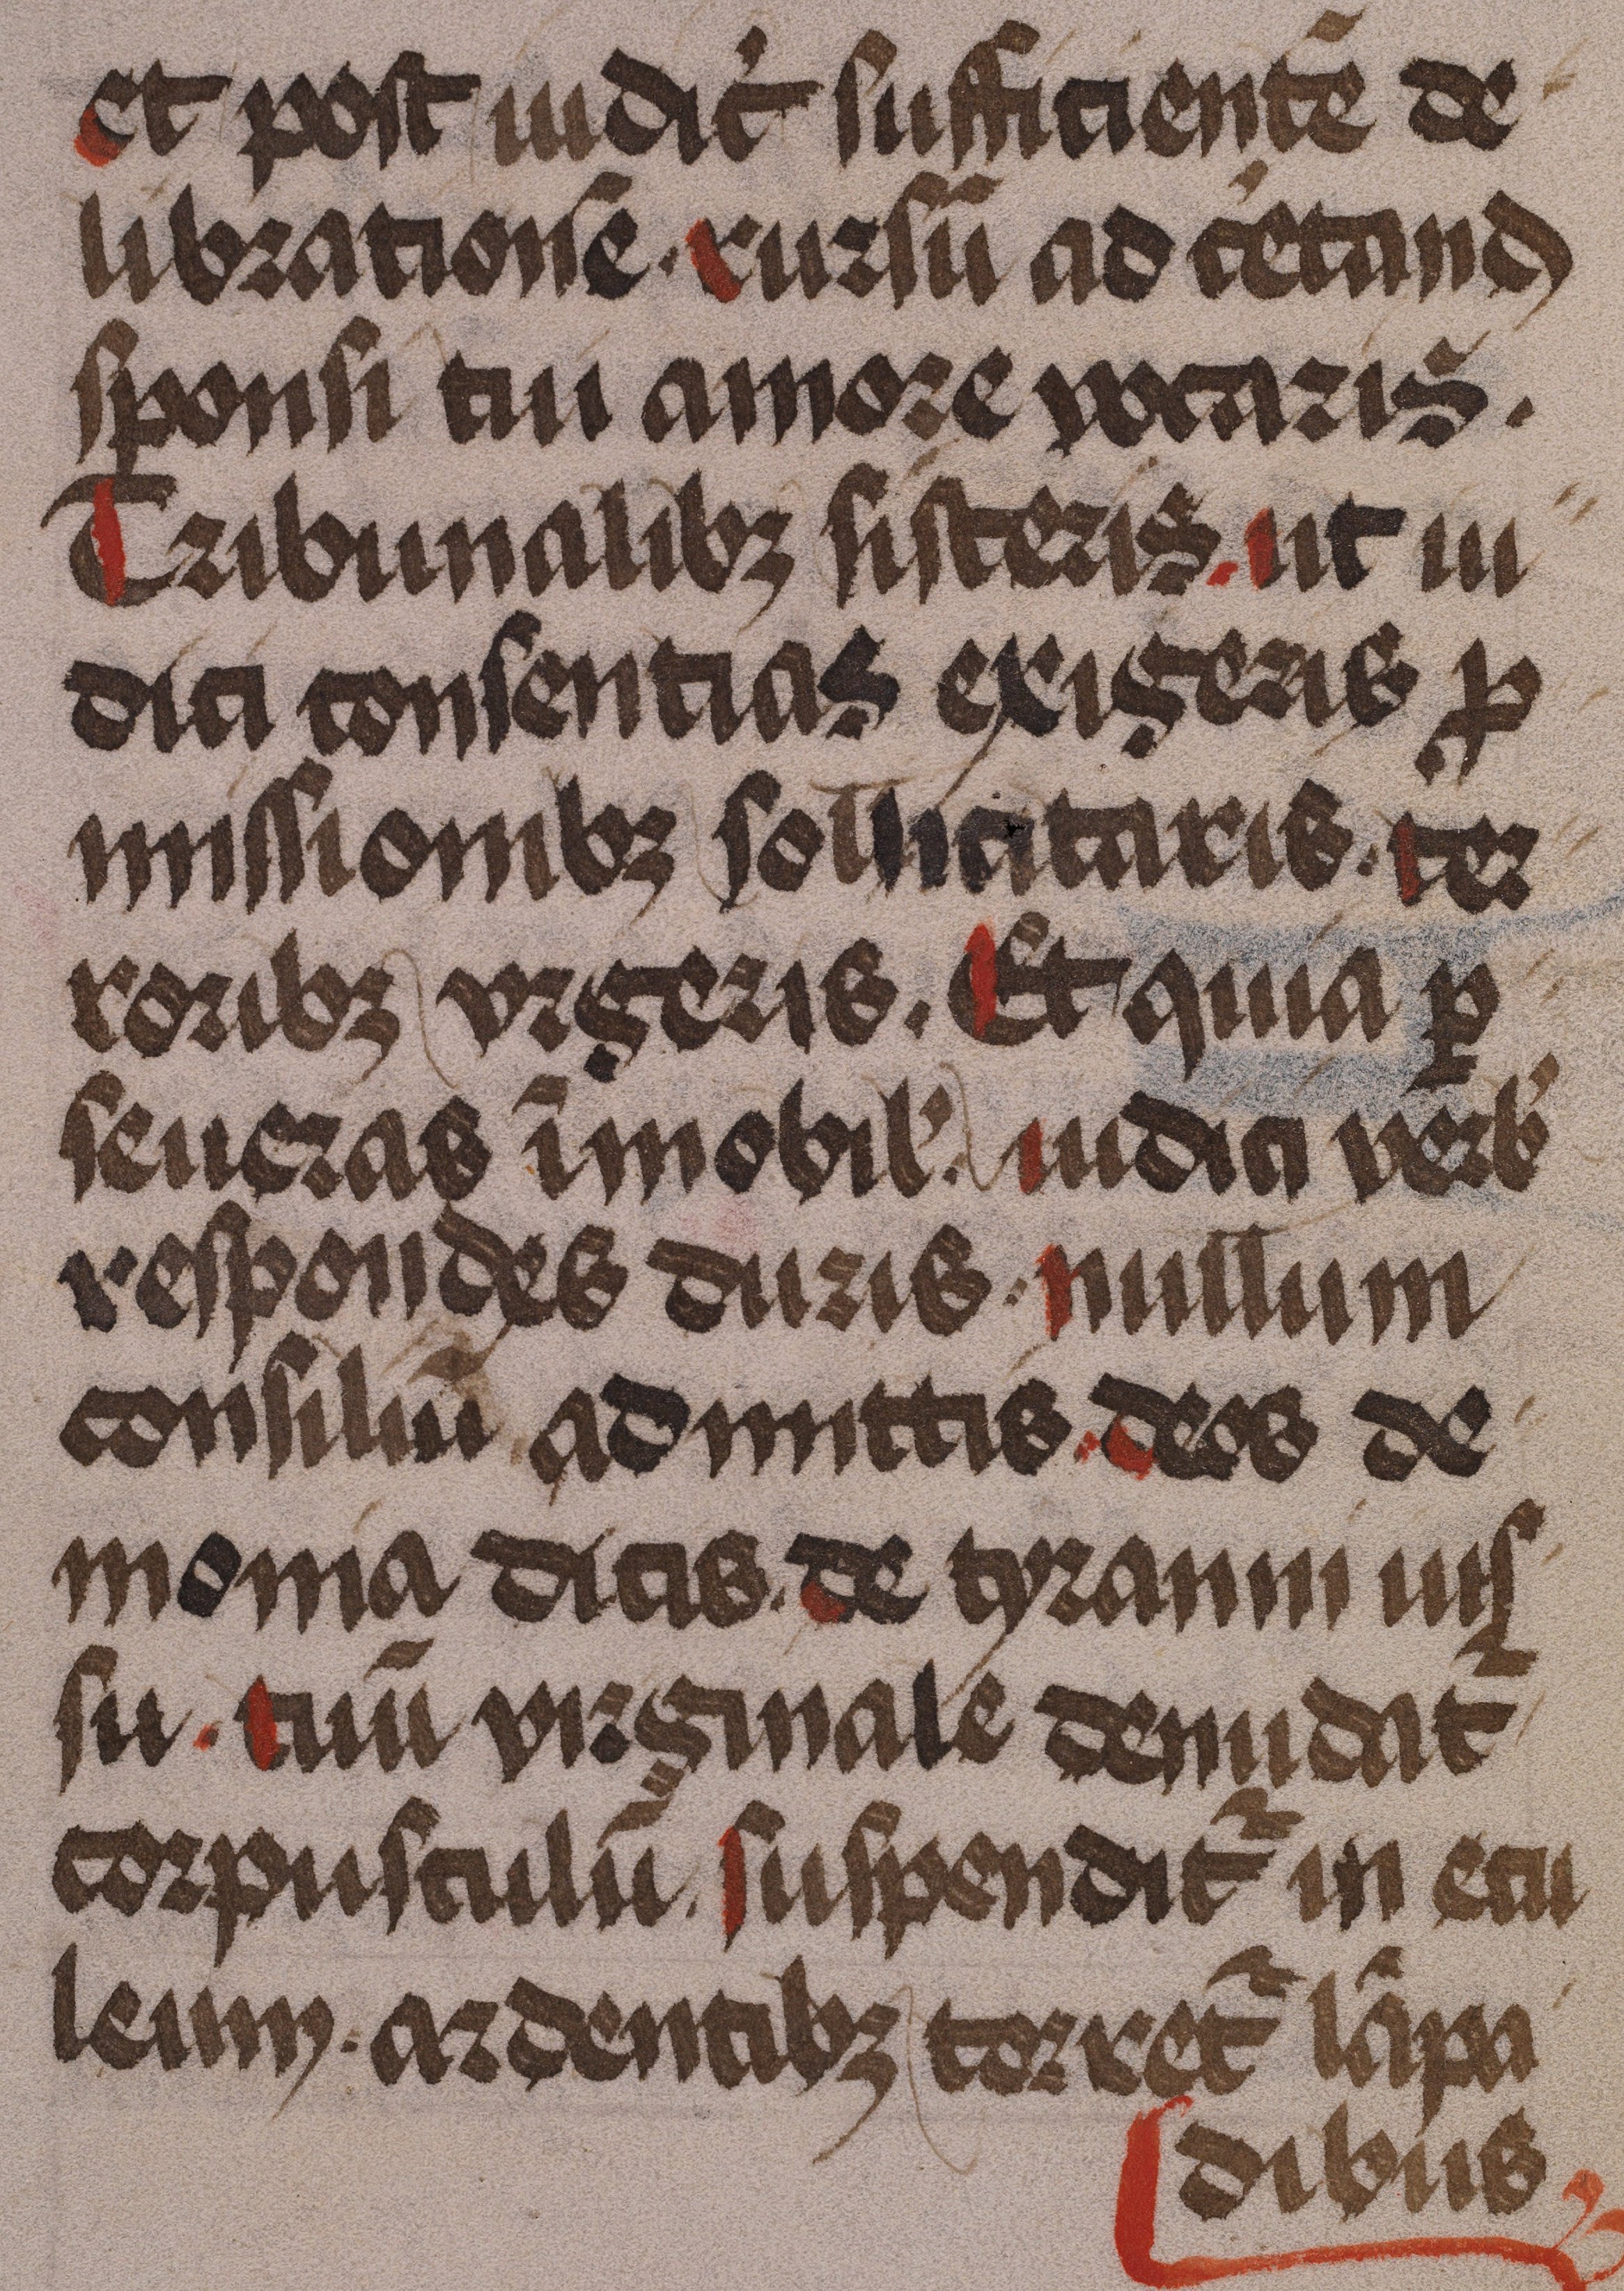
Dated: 1475–1499